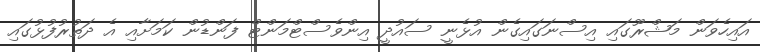
އައިހެވަން މަޝްރޫގައި އިސްނަގައިގެން އުޅެނީ ސައުދީ އިންވެސްޓްމަންޓް ފަންޑުން ކަމަށާއި އެ ދަތުރުފުޅުގައި